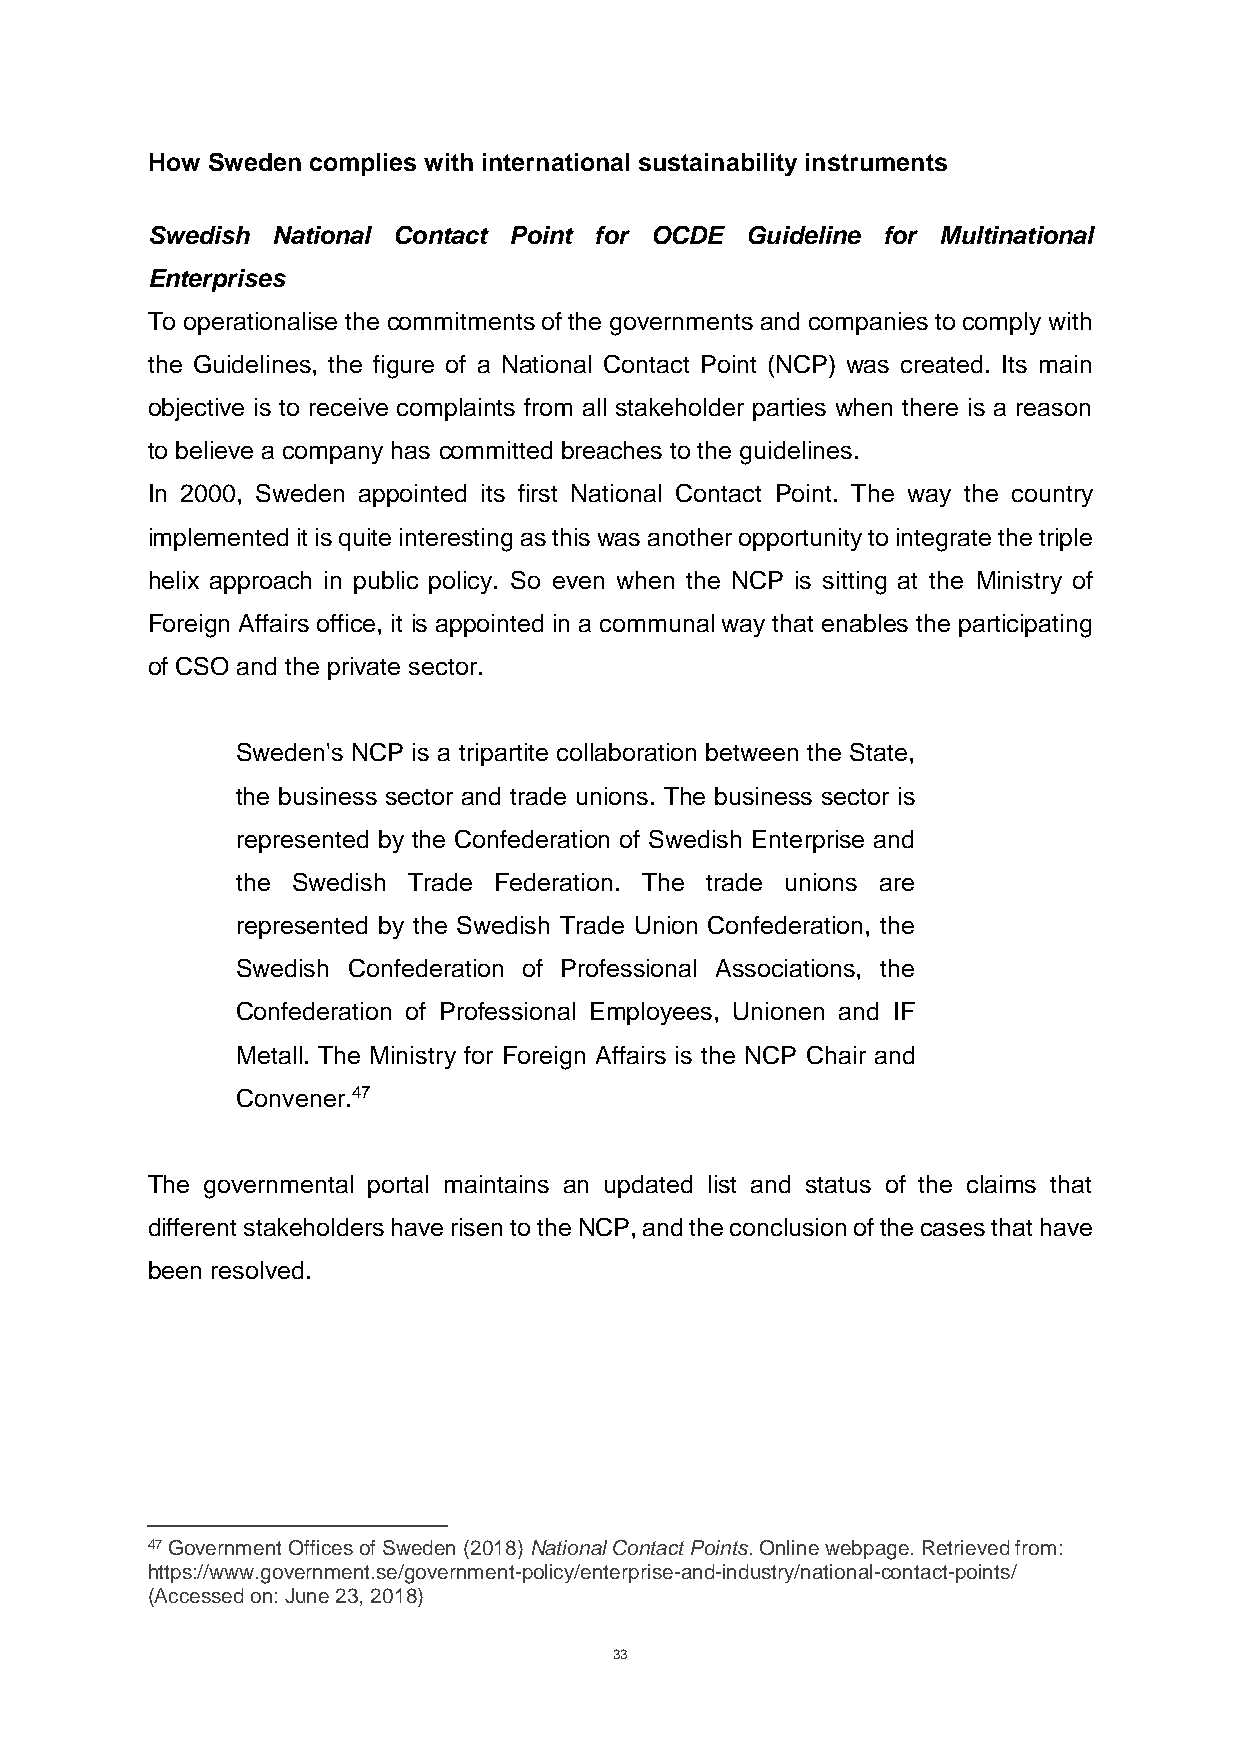
How Sweden complies with international sustainability instruments
 Swedish National Contact Point for OCDE Guideline for Multinational
 Enterprises
 To operationalise the commitments of the governments and companies to comply with
 the Guidelines, the figure of a National Contact Point (NCP) was created. Its main
 objective is to receive complaints from all stakeholder parties when there is a reason
 to believe a company has committed breaches to the guidelines.
 In 2000, Sweden appointed its first National Contact Point. The way the country
 implemented it is quite interesting as this was another opportunity to integrate the triple
 helix approach in public policy. So even when the NCP is sitting at the Ministry of
 Foreign Affairs office, it is appointed in a communal way that enables the participating
 of CSO and the private sector.
 Sweden's NCP is a tripartite collaboration between the State,
 the business sector and trade unions. The business sector is
 represented by the Confederation of Swedish Enterprise and
 the Swedish Trade Federation. The trade unions are
 represented by the Swedish Trade Union Confederation, the
 Swedish Confederation of Professional Associations, the
 Confederation of Professional Employees, Unionen and IF
 Metall. The Ministry for Foreign Affairs is the NCP Chair and
 Convener.47
 The governmental portal maintains an updated list and status of the claims that
 different stakeholders have risen to the NCP, and the conclusion of the cases that have
 been resolved.
 47 Government Offices of Sweden (2018) National Contact Points. Online webpage. Retrieved from:
 https://www.government.se/government-policy/enterprise-and-industry/national-contact-points/
 (Accessed on: June 23, 2018)
 33